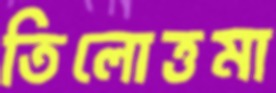
তিলোত্তমা